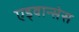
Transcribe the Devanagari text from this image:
एड्वान्सेस